Newspaper: Morning appeal. [volume]
Place of publication: Carson City, Nev.
Publisher: Robinson & Mighels
Date: 1880-09-23 00:00:00
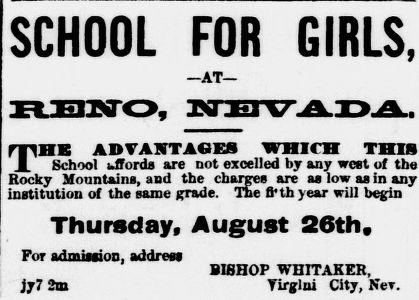
Advertisement text (OCR):
SCHOOL FOR GIRLS, AT THE ADVANTAGES WHICH THIS School UTords are not excelled by any west of the Rocky Mountains, and the charges are as low as in any institution of the same grade. The 8th year will begin Thursday, August 26th, For admission, address BISHOP WHITAKER, jy7 2m Tirglni City, Nev.
Label: text-only